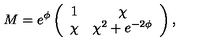
M = e ^ { \phi } \left( \begin{array} { c c } { 1 } & { \chi } \\ { \chi } & { \chi ^ { 2 } + e ^ { - 2 \phi } } \\ \end{array} \right) ,